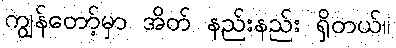
ကျွန်တော့်မှာ အိတ် နည်းနည်း ရှိတယ်။